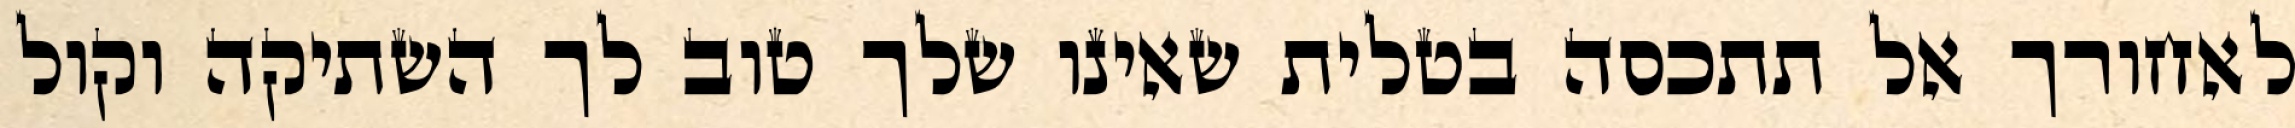
לאחורך אל תתכסה בטלית שאינו שלך טוב לך השתיקה וקול